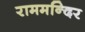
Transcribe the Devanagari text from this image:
राममन्दिर